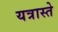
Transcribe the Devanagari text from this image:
यत्रास्ते